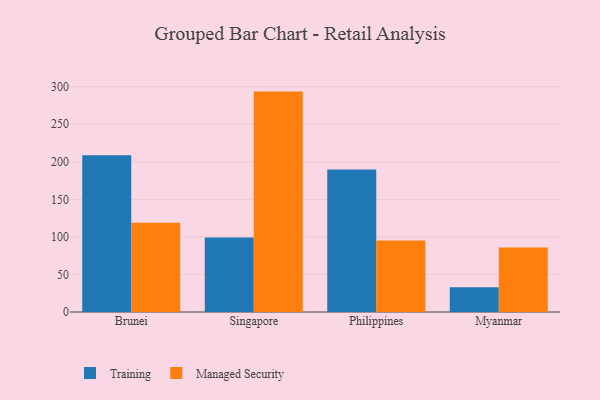
{"axis": {"x": "Country", "y": "Page Views"}, "legend": ["Managed Security", "Training"], "data": [{"x": "Brunei", "y": 208.8, "type": "Training"}, {"x": "Brunei", "y": 118.7, "type": "Managed Security"}, {"x": "Singapore", "y": 99.1, "type": "Training"}, {"x": "Singapore", "y": 293.5, "type": "Managed Security"}, {"x": "Philippines", "y": 189.8, "type": "Training"}, {"x": "Philippines", "y": 95.3, "type": "Managed Security"}, {"x": "Myanmar", "y": 32.8, "type": "Training"}, {"x": "Myanmar", "y": 86.0, "type": "Managed Security"}]}